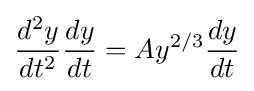
{\frac {d^{2}y}{dt^{2}}}{\frac {dy}{dt}}=Ay^{2/3}{\frac {dy}{dt}}